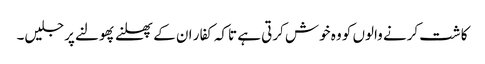
کاشت کرنے والوں کو وہ خوش کرتی ہے تاکہ کفار ان کے پھلنے پھولنے پر جلیں۔